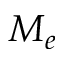
M _ { e }